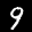
Label: 9